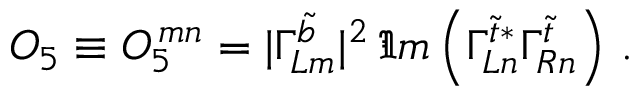
{ \cal O } _ { 5 } \equiv { \cal O } _ { 5 } ^ { \, m n } = \vert \Gamma _ { L m } ^ { \tilde { b } } \vert ^ { 2 } \, \Im m \left( \Gamma _ { L n } ^ { \tilde { t } * } \Gamma _ { R n } ^ { \tilde { t } } \right) \, .